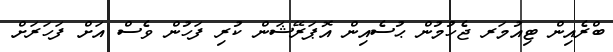
ބްރެއިން ޓިއުމަރ ޖެހުމުން ޙުސެއިން އޮޕަރޭޝަން ކުރި ފަހުން ވެސް އަށް ފަހަރަށް